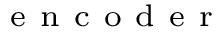
_ { \mathrm { ~ e ~ n ~ c ~ o ~ d ~ e ~ r ~ } }